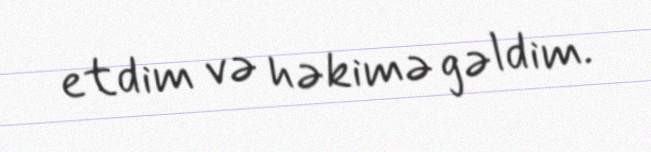
etdim və həkimə gəldim.